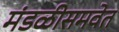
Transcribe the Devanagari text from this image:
मंडळीसमवेत